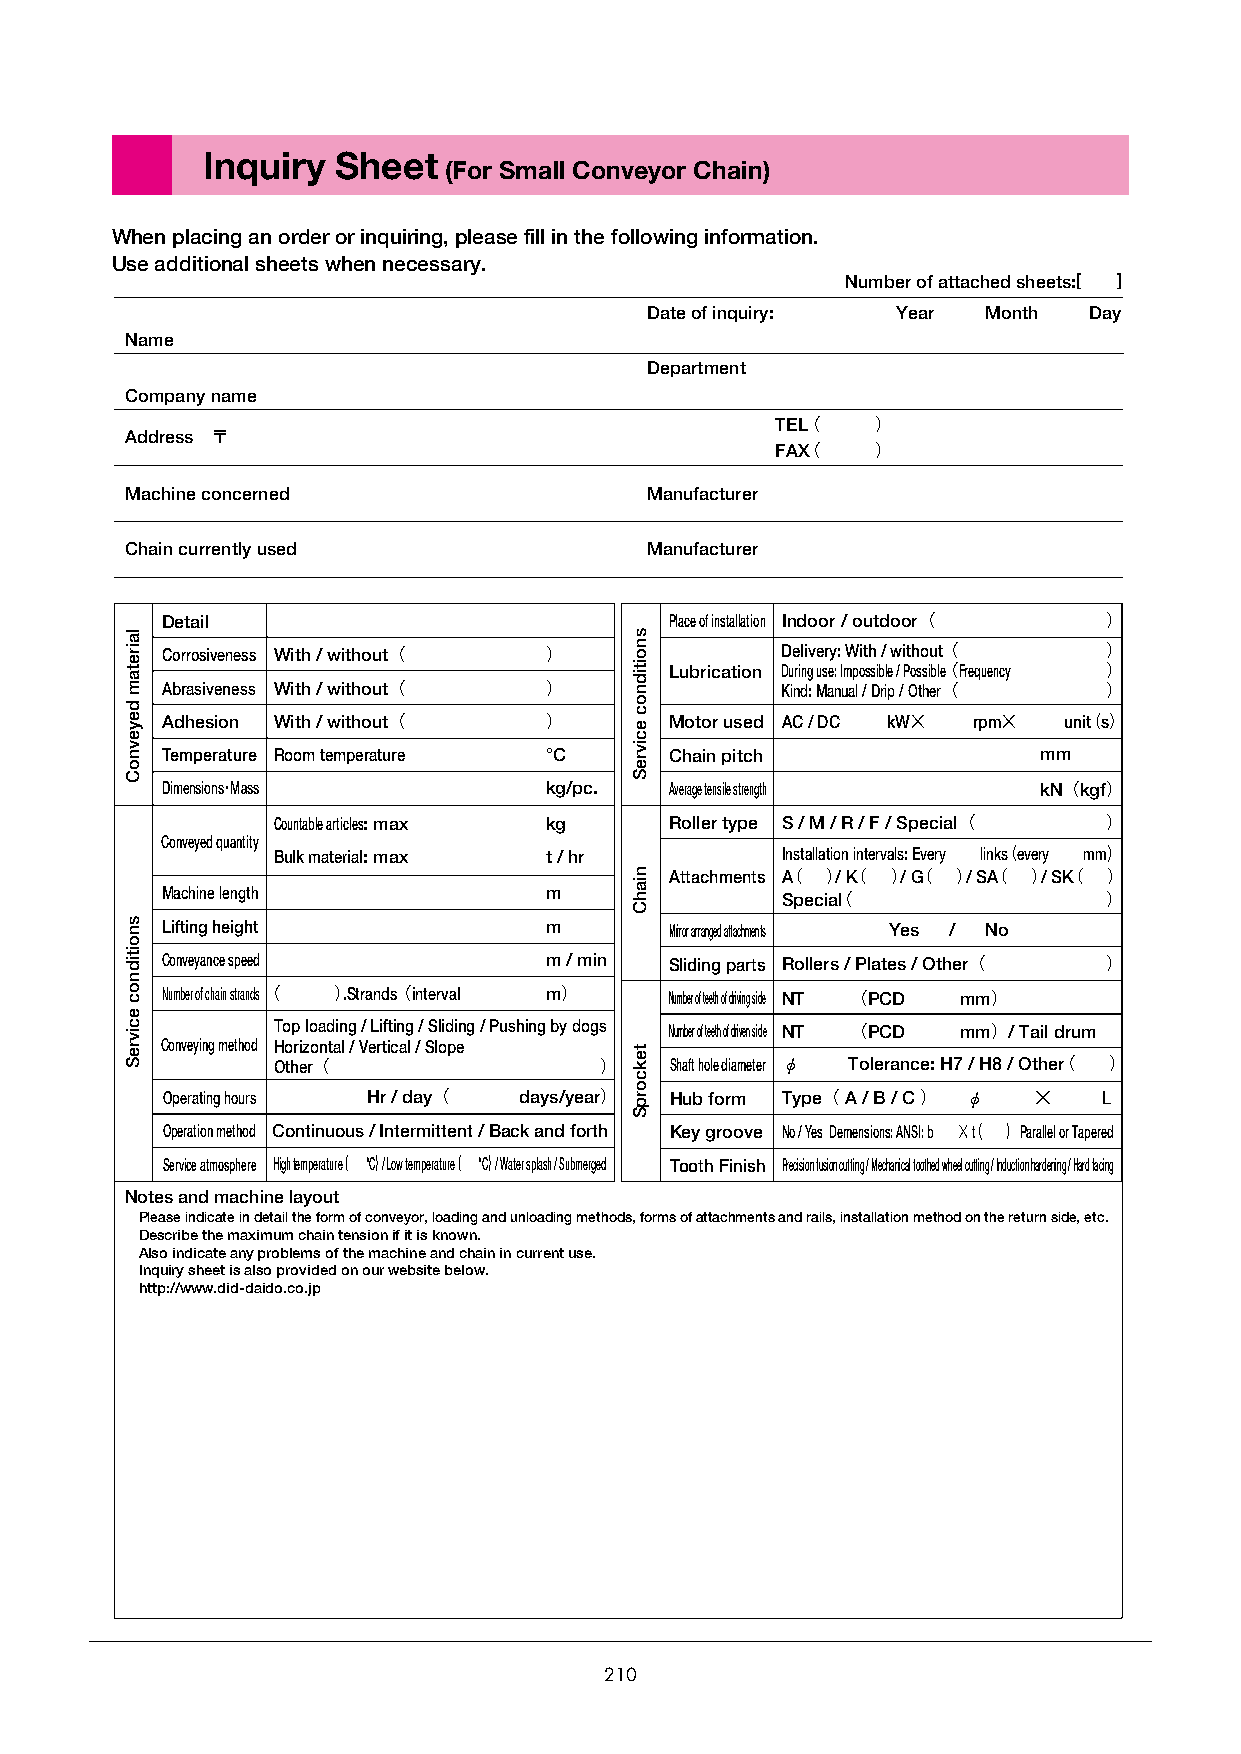
Inquiry  Sheet
 (For Small Conveyor Chain)
 When placing an order or inquiring, please fill in the following information.
 Use additional sheets when necessary.
 Number of attached sheets:[ ]
 Date of inquiry: Year Month  Day
 Name
 Department
 Company name
 TEL（   ）
 Address 〒
 FAX（   ）
 Machine concerned                  Manufacturer
 Chain currently used               Manufacturer
 Detail                           Place of installation Indoor / outdoor（ ）
 Corrosiveness With / without（ ）          Delivery: With / without（ ）
 Lubrication During use: Impossible / Possible（Frequency ）
 Abrasiveness With / without（ ）           Kind: Manual / Drip / Other（ ）
 Adhesion With / without（ ）       Motor used AC / DC kW× rpm× unit（s）
 Temperature Room temperature °C  Chain pitch              mm
 Dimensions･Mass          kg/pc.  Average tensile strength kN（kgf）
 Countable articles:max kg Roller type S / M / R / F / Special（ ）
 Conveyed quantity
 Bulk material:max t / hr          Installation intervals: Every links（every mm）
 Attachments A（ ）/ K（ ）/ G（ ）/ SA（ ）/ SK（ ）
 Machine length           m
 Specia（l             ）
 Lifting height           m       Mirror arranged attachments Yes / No
 Conveyance speed         m / min Sliding parts Rollers / Plates / Other（ ）
 Number of chain strands（ ）.Strands（interval m） Number of teeth of driving side NT （PCD mm）
 Top loading / Lifting / Sliding / Pushing by dogs Number of teeth of driven side NT （PCD mm）/ Tail drum
 Conveying method Horizontal / Vertical / Slope
 Other（                ）   Shaft hole diameter φ Tolerance: H7 / H8 / Other（ ）
 Operating hours Hr / day（ days/year） Hub form Type（ A / B / C ） φ × L
 Operation method Continuous / Intermittent / Back and forth Key groove No / Yes Demensions: ANSI: b × （t ） Parallel or Tapered
 Service atmosphere High temperature（ °C）/ Low temperature（ °C）/ Water splash / Submerged Tooth Finish Precision fusion cutting / Mechanical toothed wheel cutting / Induction hardening / Hard facing
 Notes and machine layout
 Please indicate in detail the form of conveyor, loading and unloading methods, forms of attachments and rails, installation method on the return side, etc.
 Describe the maximum chain tension if it is known.
 Also indicate any problems of the machine and chain in current use.
 Inquiry sheet is also provided on our website below.
 http://www.did-daido.co.jp
 210
 lairetam
 deyevnoC
 snoitidnoc
 ecivreS
 snoitidnoc
 ecivreS
 niahC
 tekcorpS